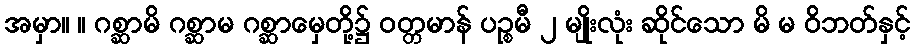
အမှာ။ ။ ဂစ္ဆာမိ ဂစ္ဆာမ ဂစ္ဆာမှေတို့၌ ဝတ္တမာန် ပဉ္စမီ ၂ မျိုးလုံး ဆိုင်သော မိ မ ဝိဘတ်နှင့်